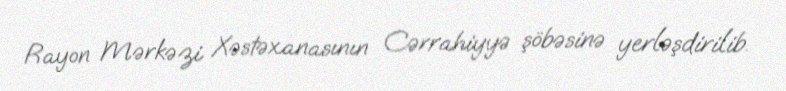
Rayon Mərkəzi Xəstəxanasının Cərrahiyyə şöbəsinə yerləşdirilib.